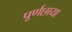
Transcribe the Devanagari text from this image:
पूर्णछाया